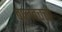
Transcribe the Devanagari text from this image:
बालबच्चों